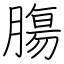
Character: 膓